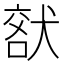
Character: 𤟞